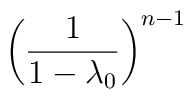
\left ( {1\over 1-\lambda_0}\right )^{n-1}